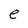
Character: e